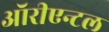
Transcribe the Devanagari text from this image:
ऑरीएन्टल